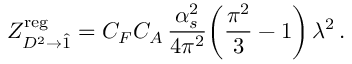
Z _ { D ^ { 2 } \to \hat { 1 } } ^ { \mathrm { r e g } } = C _ { F } C _ { A } \, \frac { \alpha _ { s } ^ { 2 } } { 4 \pi ^ { 2 } } \bigg ( \frac { \pi ^ { 2 } } { 3 } - 1 \bigg ) \, \lambda ^ { 2 } \, .